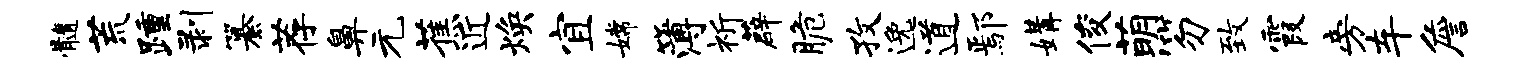
髓荒踵剥纂荐鼻元蕉近焕宜嫦簿祈薜脆孜逸道鄢媾俊萌笏致霞旁车詹